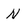
Character: N